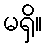
မရှိ။